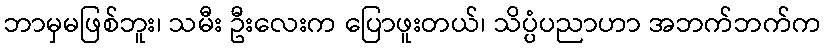
ဘာမှမဖြစ်ဘူး၊ သမီး ဦးလေးက ပြောဖူးတယ်၊ သိပ္ပံပညာဟာ အဘက်ဘက်က